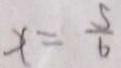
x = \frac { 5 } { 6 }